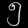
Digit: ၅